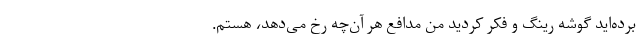
برده‌اید گوشه رینگ و فکر کردید من مدافع هر آن‌چه رخ می‌دهد، هستم.